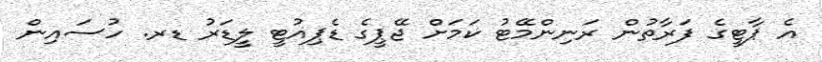
އެ ޕާޓީގެ ފަރާތުން ރަނިންމޭޓު ކަމަށް ޖޭޕީގެ ޑެޕިއުޓީ ލީޑަރު ޑރ. ހުސައިން